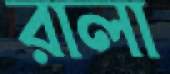
রালা